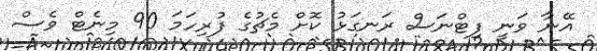
އޭނާ ވަނީ ފިޓްނަސް ރަނގަޅު ކޮށް މެޗުގެ ފުރިހަމަ 90 މިނެޓް ވެސް